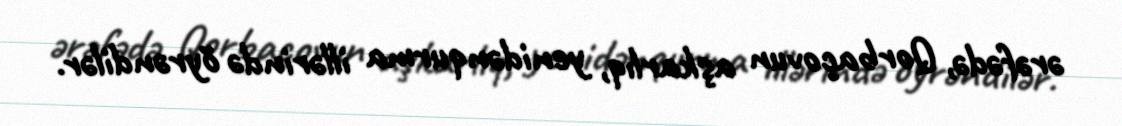
ərəfədə, Qorbaçovun aşkarlıq, yenidənqurma illərində öyrəndilər.